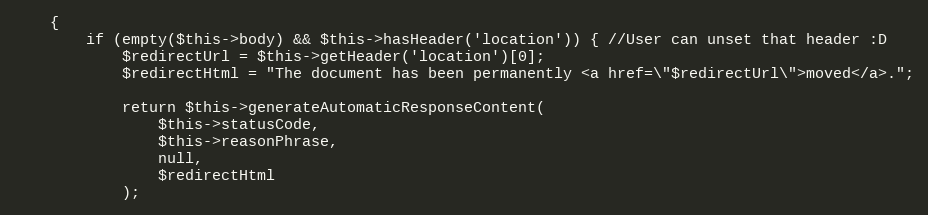
Language: PHP
    {
        if (empty($this->body) && $this->hasHeader('location')) { //User can unset that header :D
            $redirectUrl = $this->getHeader('location')[0];
            $redirectHtml = "The document has been permanently <a href=\"$redirectUrl\">moved</a>.";

            return $this->generateAutomaticResponseContent(
                $this->statusCode,
                $this->reasonPhrase,
                null,
                $redirectHtml
            );